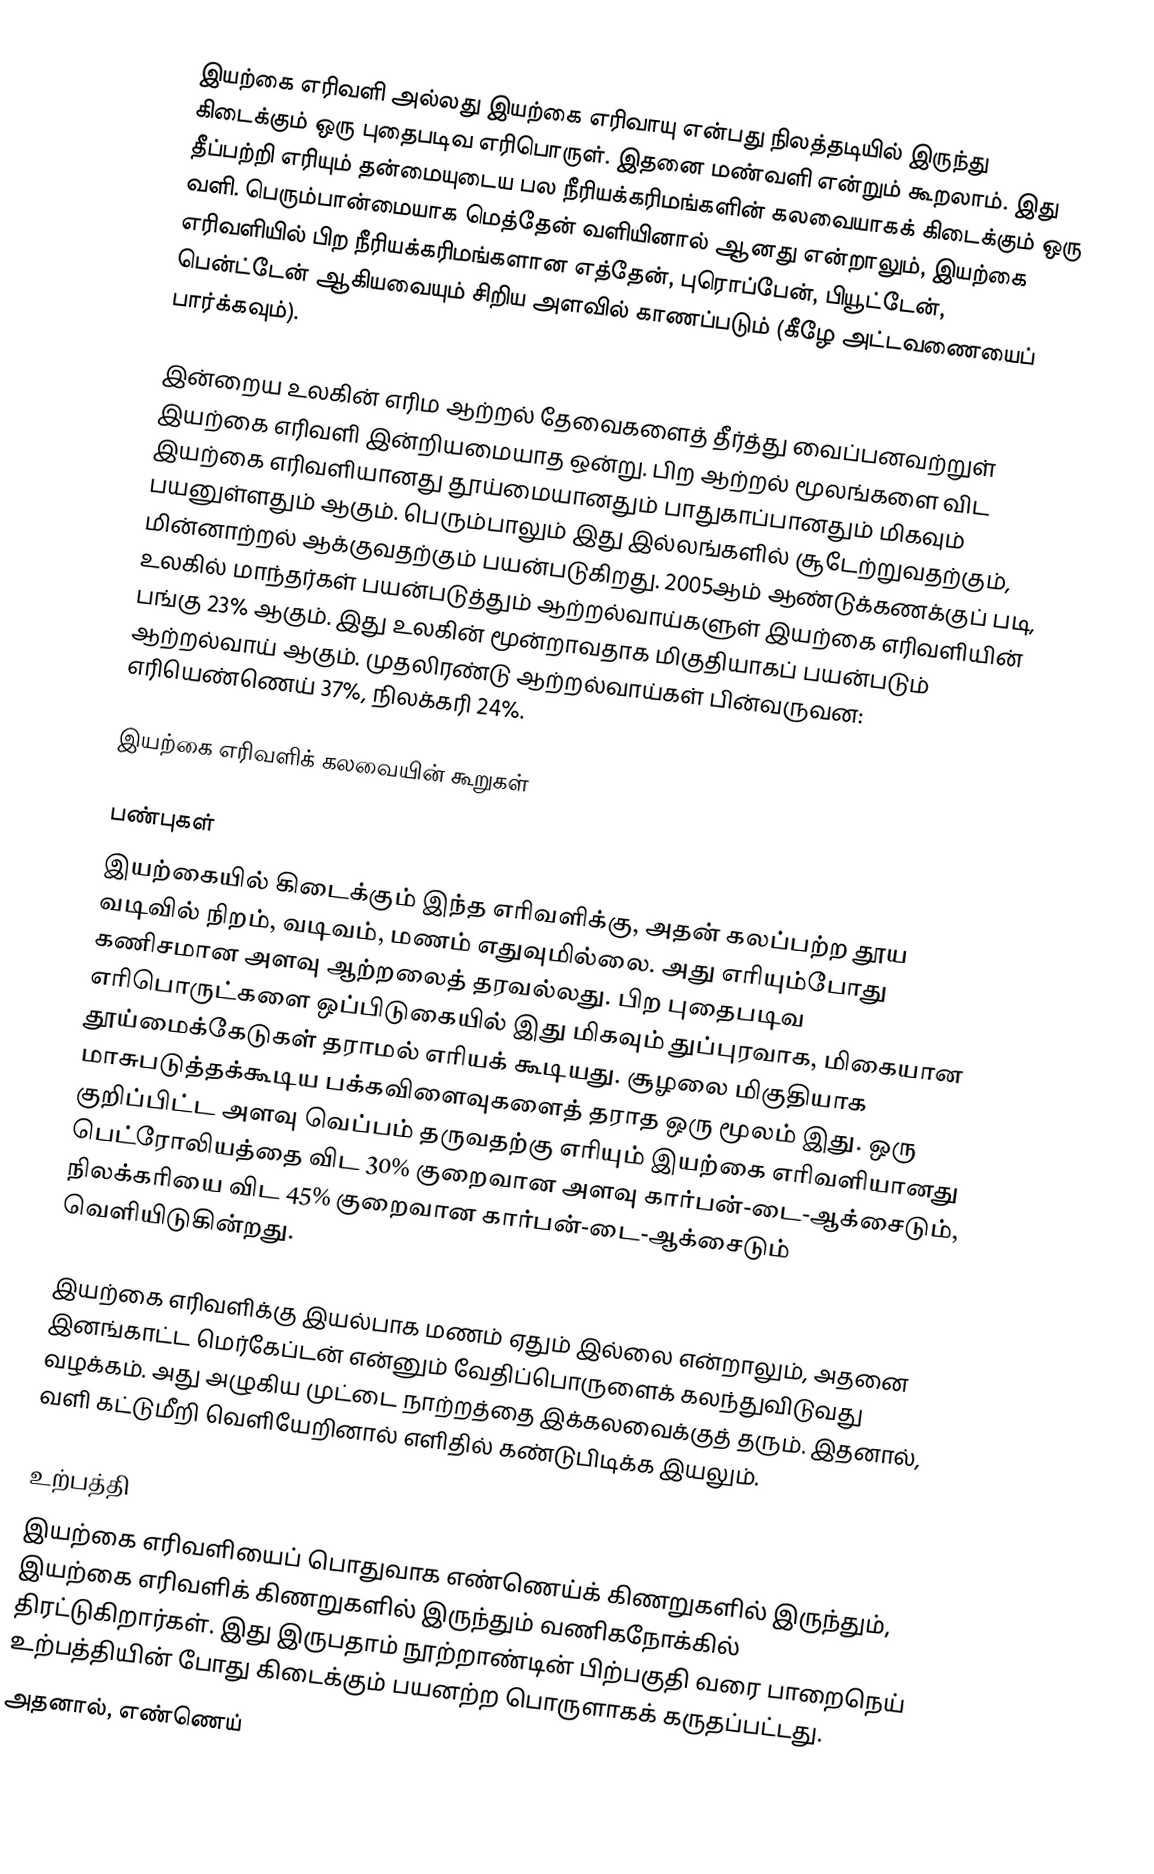
இயற்கை எரிவளி அல்லது இயற்கை எரிவாயு என்பது நிலத்தடியில் இருந்து கிடைக்கும் ஒரு புதைபடிவ எரிபொருள். இதனை மண்வளி என்றும் கூறலாம். இது தீப்பற்றி எரியும் தன்மையுடைய பல நீரியக்கரிமங்களின் கலவையாகக் கிடைக்கும் ஒரு வளி. பெரும்பான்மையாக மெத்தேன் வளியினால் ஆனது என்றாலும், இயற்கை எரிவளியில் பிற நீரியக்கரிமங்களான எத்தேன், புரொப்பேன், பியூட்டேன், பென்ட்டேன் ஆகியவையும் சிறிய அளவில் காணப்படும் (கீழே அட்டவணையைப் பார்க்கவும்).

இன்றைய உலகின் எரிம ஆற்றல் தேவைகளைத் தீர்த்து வைப்பனவற்றுள் இயற்கை எரிவளி இன்றியமையாத ஒன்று. பிற ஆற்றல் மூலங்களை விட இயற்கை எரிவளியானது தூய்மையானதும் பாதுகாப்பானதும் மிகவும் பயனுள்ளதும் ஆகும். பெரும்பாலும் இது இல்லங்களில் சூடேற்றுவதற்கும், மின்னாற்றல் ஆக்குவதற்கும் பயன்படுகிறது. 2005ஆம் ஆண்டுக்கணக்குப் படி, உலகில் மாந்தர்கள் பயன்படுத்தும் ஆற்றல்வாய்களுள் இயற்கை எரிவளியின் பங்கு 23% ஆகும். இது உலகின் மூன்றாவதாக மிகுதியாகப் பயன்படும் ஆற்றல்வாய் ஆகும். முதலிரண்டு ஆற்றல்வாய்கள் பின்வருவன: எரியெண்ணெய் 37%, நிலக்கரி 24%.

இயற்கை எரிவளிக் கலவையின் கூறுகள்

பண்புகள்
இயற்கையில் கிடைக்கும் இந்த எரிவளிக்கு, அதன் கலப்பற்ற தூய வடிவில் நிறம், வடிவம், மணம் எதுவுமில்லை. அது எரியும்போது கணிசமான அளவு ஆற்றலைத் தரவல்லது. பிற புதைபடிவ எரிபொருட்களை ஒப்பிடுகையில் இது மிகவும் துப்புரவாக,  மிகையான தூய்மைக்கேடுகள் தராமல் எரியக் கூடியது. சூழலை மிகுதியாக மாசுபடுத்தக்கூடிய பக்கவிளைவுகளைத் தராத ஒரு மூலம் இது. ஒரு குறிப்பிட்ட அளவு வெப்பம் தருவதற்கு எரியும் இயற்கை எரிவளியானது பெட்ரோலியத்தை விட 30% குறைவான அளவு கார்பன்-டை-ஆக்சைடும், நிலக்கரியை விட 45% குறைவான கார்பன்-டை-ஆக்சைடும் வெளியிடுகின்றது.

இயற்கை எரிவளிக்கு இயல்பாக மணம் ஏதும் இல்லை என்றாலும், அதனை இனங்காட்ட மெர்கேப்டன் என்னும் வேதிப்பொருளைக் கலந்துவிடுவது வழக்கம். அது அழுகிய முட்டை நாற்றத்தை இக்கலவைக்குத் தரும். இதனால், வளி கட்டுமீறி வெளியேறினால் எளிதில் கண்டுபிடிக்க இயலும்.

உற்பத்தி
இயற்கை எரிவளியைப் பொதுவாக எண்ணெய்க் கிணறுகளில் இருந்தும், இயற்கை எரிவளிக் கிணறுகளில் இருந்தும் வணிகநோக்கில் திரட்டுகிறார்கள். இது இருபதாம் நூற்றாண்டின் பிற்பகுதி வரை பாறைநெய் உற்பத்தியின் போது கிடைக்கும் பயனற்ற பொருளாகக் கருதப்பட்டது.
அதனால், எண்ணெய்